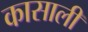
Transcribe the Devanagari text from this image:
कासाली